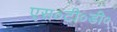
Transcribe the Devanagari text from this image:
एस०टी०डी०